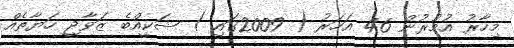
މިހާރު އުމުރުން 46 އަހަރު ( 2009ގައި ) ޝަކީއްބެ ޒަވާޖީ ހަޔާތެއް